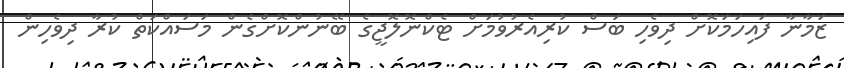
ޒަމާނާ ފައިހަމަކޮށް ދިވެހި ބަސް ކުރިއެރުވުމަށް ޓެކްނޮލޮޖީގެ ބޭނުންކޮށްގެން މަސައްކަތް ކުރާ ދިވެހިން